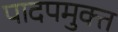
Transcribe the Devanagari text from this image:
पादपमुक्त